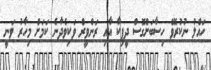
ހައްލު ނުކުރެވޭ ހިސާބަށްގޮސް ދީޕިކާ އާއި ރަންވީރް ވަކިވެދާނެ ކަމަށް މިހާރު ވަނީ